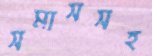
সমাসসহ